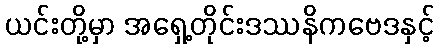
ယင်းတို့မှာ အရှေ့တိုင်းဒဿနိကဗေဒနှင့်